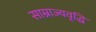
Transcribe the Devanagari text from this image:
साम्राज्यवृद्धि